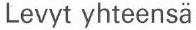
Levyt yhteensä